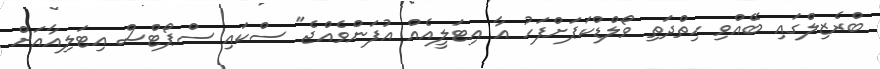
ބްރެޒިލްގައި ބޭއްވި ހިތްދަތި ވޯލްޑްކަޕަށްފަހު އާ އިޓަލީއެއް އުފަންވެއްޖެ" ސްކައި ސްޕޯޓްސް އިޓަލިއާއަށް